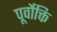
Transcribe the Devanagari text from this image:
पूर्वोक्ति